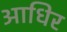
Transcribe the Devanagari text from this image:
आधिर